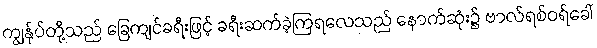
ကျွန်ုပ်တို့သည် ခြေကျင်ခရီးဖြင့် ခရီးဆက်ခဲ့ကြရလေသည် နောက်ဆုံး၌ ဗာလ်ရစ်ဝရ်ခေါ်